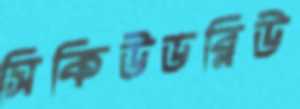
সিকিউডব্লিউ